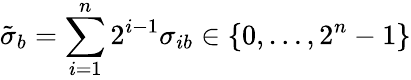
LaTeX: \tilde{\sigma}_{b}=\sum_{i=1}^{n}2^{i-1}\sigma_{ib}\in\{ 0,\ldots,2^{n}-1\}